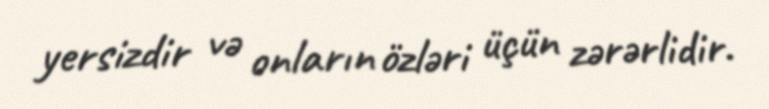
yersizdir və onların özləri üçün zərərlidir.